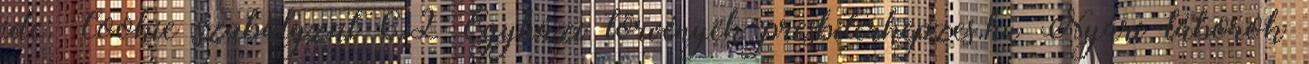
ide: Cookie szabályzat 6.2 Egyházi törvények presbiterkepzes.hu Nyári táborok